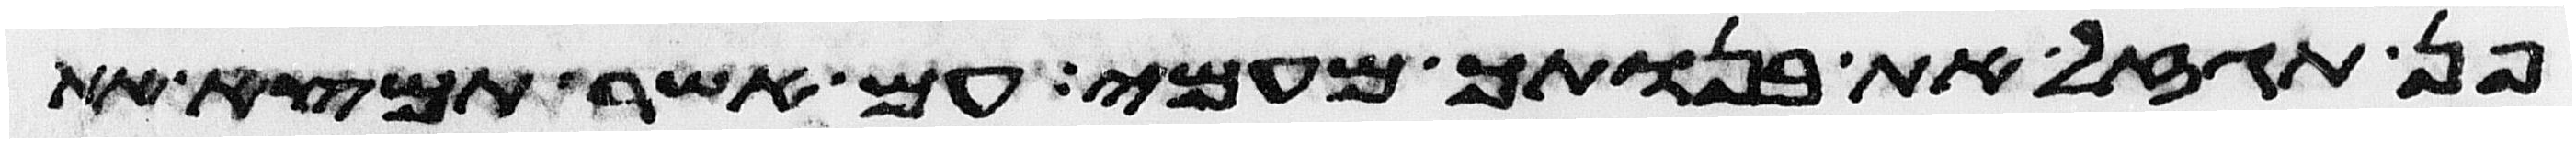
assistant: פן תגזל את בנותך מעמי עם אשר תמצא את